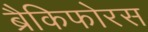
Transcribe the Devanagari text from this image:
ब्रैकिफोरस